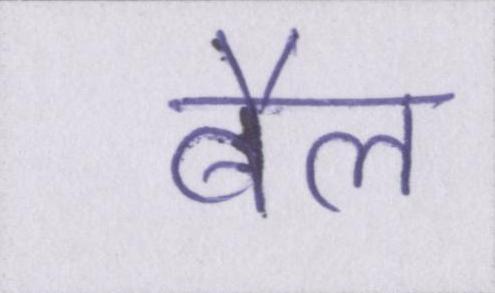
बैल